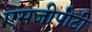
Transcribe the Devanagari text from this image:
एसजीपीटी